Indian journal of veterinary science and animal husbandry - Volume 7,
Year: 1937
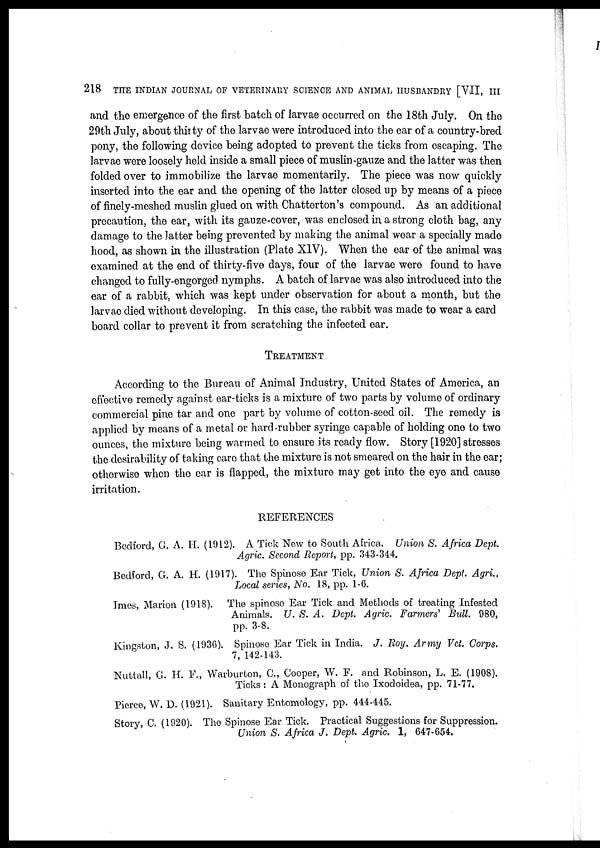
218 THE INDIAN JOURNAL OF VETERINARY SCIENCE AND ANIMAL HUSBANDRY [VII, III
and the emergence of the first batch of larvae occurred on the 18th July. On the
29th July, about thirty of the larvae were introduced into the ear of a country-bred
pony, the following device being adopted to prevent the ticks from escaping. The
larvae were loosely held inside a small piece of muslin-gauze and the latter was then
folded over to immobilize the larvae momentarily. The piece was now quickly
inserted into the ear and the opening of the latter closed up by means of a piece
of finely-meshed muslin glued on with Chatterton's compound. As an additional
precaution, the ear, with its gauze-cover, was enclosed in a strong cloth bag, any
damage to the latter being prevented by making the animal wear a specially made
hood, as shown in the illustration (Plate XIV). When the ear of the animal was
examined at the end of thirty-five days, four of the larvae were found to have
changed to fully-engorged nymphs. A batch of larvae was also introduced into the
ear of a rabbit, which was kept under observation for about a month, but the
larvae died without developing. In this case, the rabbit was made to wear a card
board collar to prevent it from scratching the infected ear.
TREATMENT
According to the Bureau of Animal Industry, United States of America, an
effective remedy against ear-ticks is a mixture of two parts by volume of ordinary
commercial pine tar and one part by volume of cotton-seed oil. The remedy is
applied by means of a metal or hard-rubber syringe capable of holding one to two
ounces, the mixture being warmed to ensure its ready flow. Story [1920] stresses
the desirability of taking care that the mixture is not smeared on the hair in the ear;
otherwise when the car is flapped, the mixture may get into the eye and cause
irritation.
REFERENCES
Bedford, G. A. H. (1912). A Tick New to South Africa. Union S. Africa Dept.
Agric. Second Report, pp. 343-344.
Bedford, G. A. H. (1917). The Spinose Ear Tick, Union S. Africa Dept. Agri,
Local series, No. 18, pp. 1-6.
Imes, Marion (1918). The spinose Ear Tick and Methods of treating Infested
Animals. U. S. A. Dept. Agric. Farmers' Bull. 980,
pp. 3-8.
Kingston, J. S. (1936). Spinose Ear Tick in India. J. Roy. Army Vet. Corps.
7, 142-143.
Nuttall, G. H. F., Warburton, C., Cooper, W. F. and Robinson, L. E. (1908).
Ticks : A Monograph of the Ixodoidea, pp. 71-77.
Pierce, W. D. (1921). Sanitary Entomology, pp. 444-445.
Story, C. (1920). The Spinose Ear Tick. Practical Suggestions for Suppression.
Union S. Africa J. Dept. Agric. 1, 647-654.